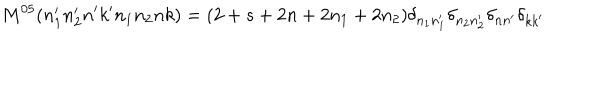
LaTeX: M ^ { 0 5 } ( n _ { 1 } ^ { \prime } n _ { 2 } ^ { \prime } n ^ { \prime } k ^ { \prime } n _ { 1 } n _ { 2 } n k ) = ( 2 + s + 2 n + 2 n _ { 1 } + 2 n _ { 2 } ) \delta _ { n _ { 1 } n _ { 1 } ^ { \prime } } \delta _ { n _ { 2 } n _ { 2 } ^ { \prime } } \delta _ { n n ^ { \prime } } \delta _ { k k ^ { \prime } }